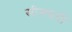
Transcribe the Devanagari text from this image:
सीसवयी